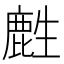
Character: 𪊟